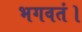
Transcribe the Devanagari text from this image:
भगवतं।